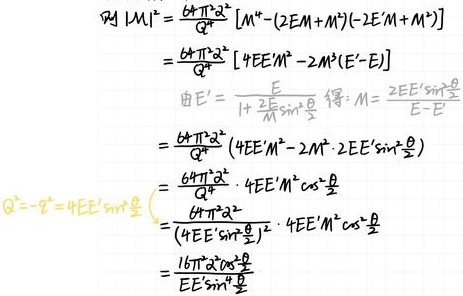
\[
\begin{align*}
\varPsi |M|^{2}&=\frac{64\pi^{2}\alpha^{2}}{Q^{4}}\left[M^{*}-\left(2EM + M^{2}\right)\left(-2E'M+M^{2}\right)\right]\\
&=\frac{64\pi^{2}\alpha^{2}}{Q^{4}}\left[4EE'M^{2}-2M^{3}(E' - E)\right]\\
&\text{由}E'=\frac{E}{1 + \frac{2E}{M}\sin^{2}\frac{\theta}{2}}\text{得}:M=\frac{2EE'\sin^{2}\frac{\theta}{2}}{E - E'}\\
&=\frac{64\pi^{2}\alpha^{2}}{Q^{4}}\left(4EE'M^{2}-2M^{3}\cdot2EE'\sin^{2}\frac{\theta}{2}\right)\\
&=\frac{64\pi^{2}\alpha^{2}}{Q^{4}}\cdot4EE'M^{2}\cos^{2}\frac{\theta}{2}\\
Q^{2}=-t^{2}&=4EE'\sin^{2}\frac{\theta}{2}\\
&=\frac{\frac{64\pi^{2}\alpha^{2}}{Q^{4}}\cdot4EE'M^{2}\cos^{2}\frac{\theta}{2}}{\left(4EE'\sin^{2}\frac{\theta}{2}\right)^{2}}\\
&=\frac{16\pi^{2}\alpha^{2}\cos^{2}\frac{\theta}{2}}{EE'\sin^{4}\frac{\theta}{2}}
\end{align*}
\]